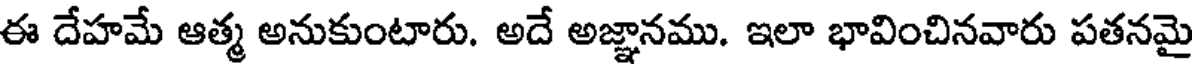
ఈ దేహమే ఆత్మ అనుకుంటారు. అదే అజ్ఞానము. ఇలా భావించినవారు పతనమై